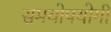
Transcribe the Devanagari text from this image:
समयोपयोगी